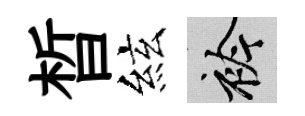
晳絃衿